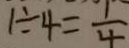
1 \div 4 = \frac { 1 } { 4 }